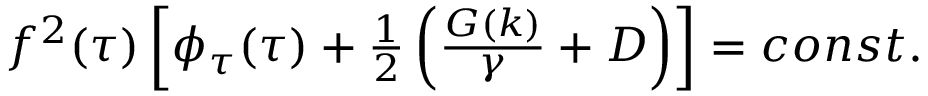
\begin{array} { r } { f ^ { 2 } ( \tau ) \left[ \phi _ { \tau } ( \tau ) + \frac { 1 } { 2 } \left( \frac { G ( k ) } { \gamma } + D \right) \right] = c o n s t . } \end{array}